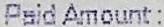
PAID AMOUNT :